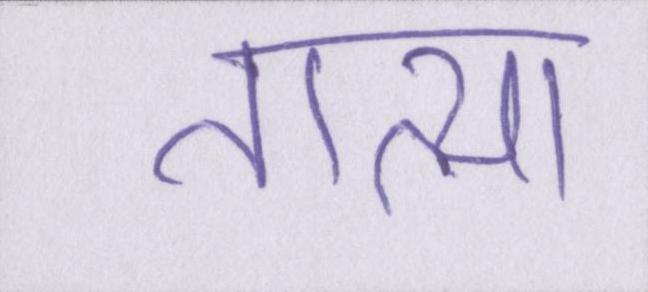
तात्या